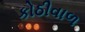
કોઠીવાળ